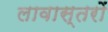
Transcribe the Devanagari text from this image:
लावास्तरों